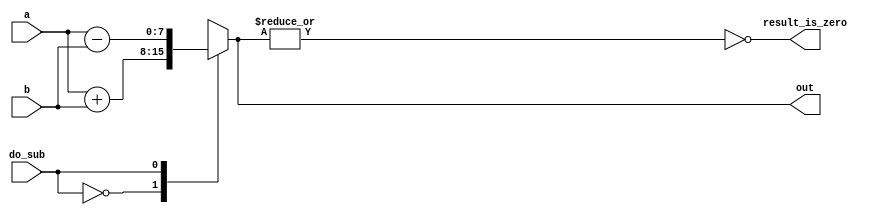
//2022_11_10 kerong
//Add/sub
// synthesis verilog_input_version verilog_2001
module top_module ( 
    input do_sub,
    input [7:0] a,
    input [7:0] b,
    output reg [7:0] out,
    output reg result_is_zero
);//

    always @(*) begin
        case (do_sub)
          0: out = a+b;
          1: out = a-b;
        endcase
        result_is_zero = (~|out);
    end

endmodule